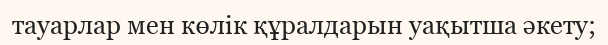
тауарлар мен көлік құралдарын уақытша әкету;